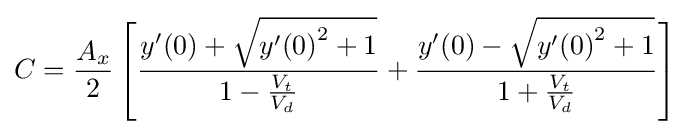
C={\frac {A_{x}}{2}}\left[{\frac {y'(0)+{\sqrt {{y'(0)}^{2}+1}}}{1-{\frac {V_{t}}{V_{d}}}}}+{\frac {y'(0)-{\sqrt {{y'(0)}^{2}+1}}}{1+{\frac {V_{t}}{V_{d}}}}}\right]